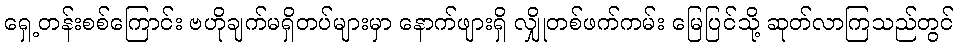
ရှေ့တန်းစစ်ကြောင်း ဗဟိုချက်မရှိတပ်များမှာ နောက်ဖျားရှိ လျှိုတစ်ဖက်ကမ်း မြေပြင်သို့ ဆုတ်လာကြသည်တွင်